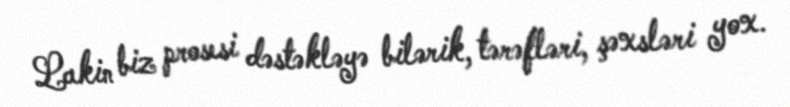
Lakin biz prosesi dəstəkləyə bilərik, tərəfləri, şəxsləri yox.